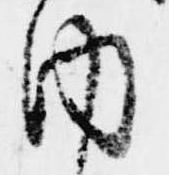
内